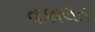
વકાલત